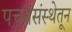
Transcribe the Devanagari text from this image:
पचनसंस्थेतून